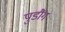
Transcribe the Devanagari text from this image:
पुडौंग